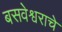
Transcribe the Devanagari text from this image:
बसवेश्वराचे